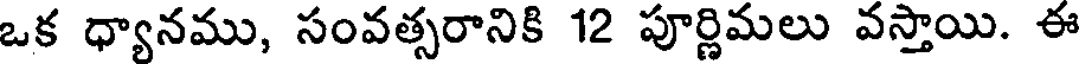
ఒక ధ్యానము, సంవత్సరానికి 12 పూర్ణిమలు వస్తాయి. ఈ